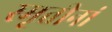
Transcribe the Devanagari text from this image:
स्मृतीनां